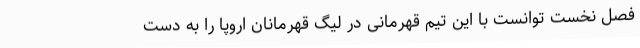
فصل نخست توانست با این تیم قهرمانی در لیگ قهرمانان اروپا را به دست